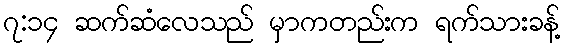
၇:၁၄ ဆက်ဆံလေသည် မှာကတည်းက ရက်သားခန့်